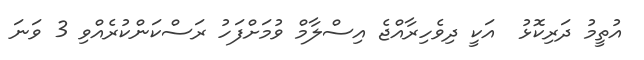
އުތީމު ދަރިކޮޅު  އަކީ ދިވެހިރާއްޖެ އިސްލާމް ވުމަށްފަހު ރަސްކަންކުރެއްވި 3 ވަނަ